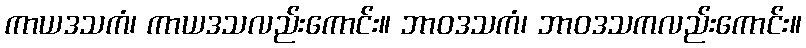
ကာယဒသကံ၊ ကာယဒသလည်းကောင်း။ ဘာဝဒသကံ၊ ဘာဝဒသကလည်းကောင်း။